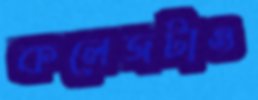
কলেজটাও